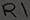
Text: R1